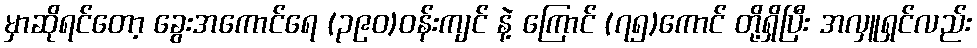
မှာဆိုရင်တော့ ခွေးအကောင်ရေ (၃၉၀)ဝန်းကျင် နဲ့ ကြောင် (၇၅)ကောင် တို့ရှိပြီး အလှူရှင်လည်း